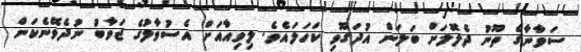
ސަވާނާގެ ތޫނު ދެލޮލަށް ބަލަން އުދަގޫވި ކަހަލައެވެ. ލިވިއާއަށް އެސުވާލުގެ ޖަވާބު ނުދެވޭނެކަން